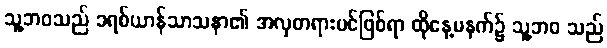
သူ့ဘဝသည် ခရစ်ယာန်သာသနာ၏ အလှတရားပင်ဖြစ်ရာ ထိုနေ့မနက်၌ သူ့ဘဝ သည်